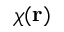
\chi ( { \bf r } )